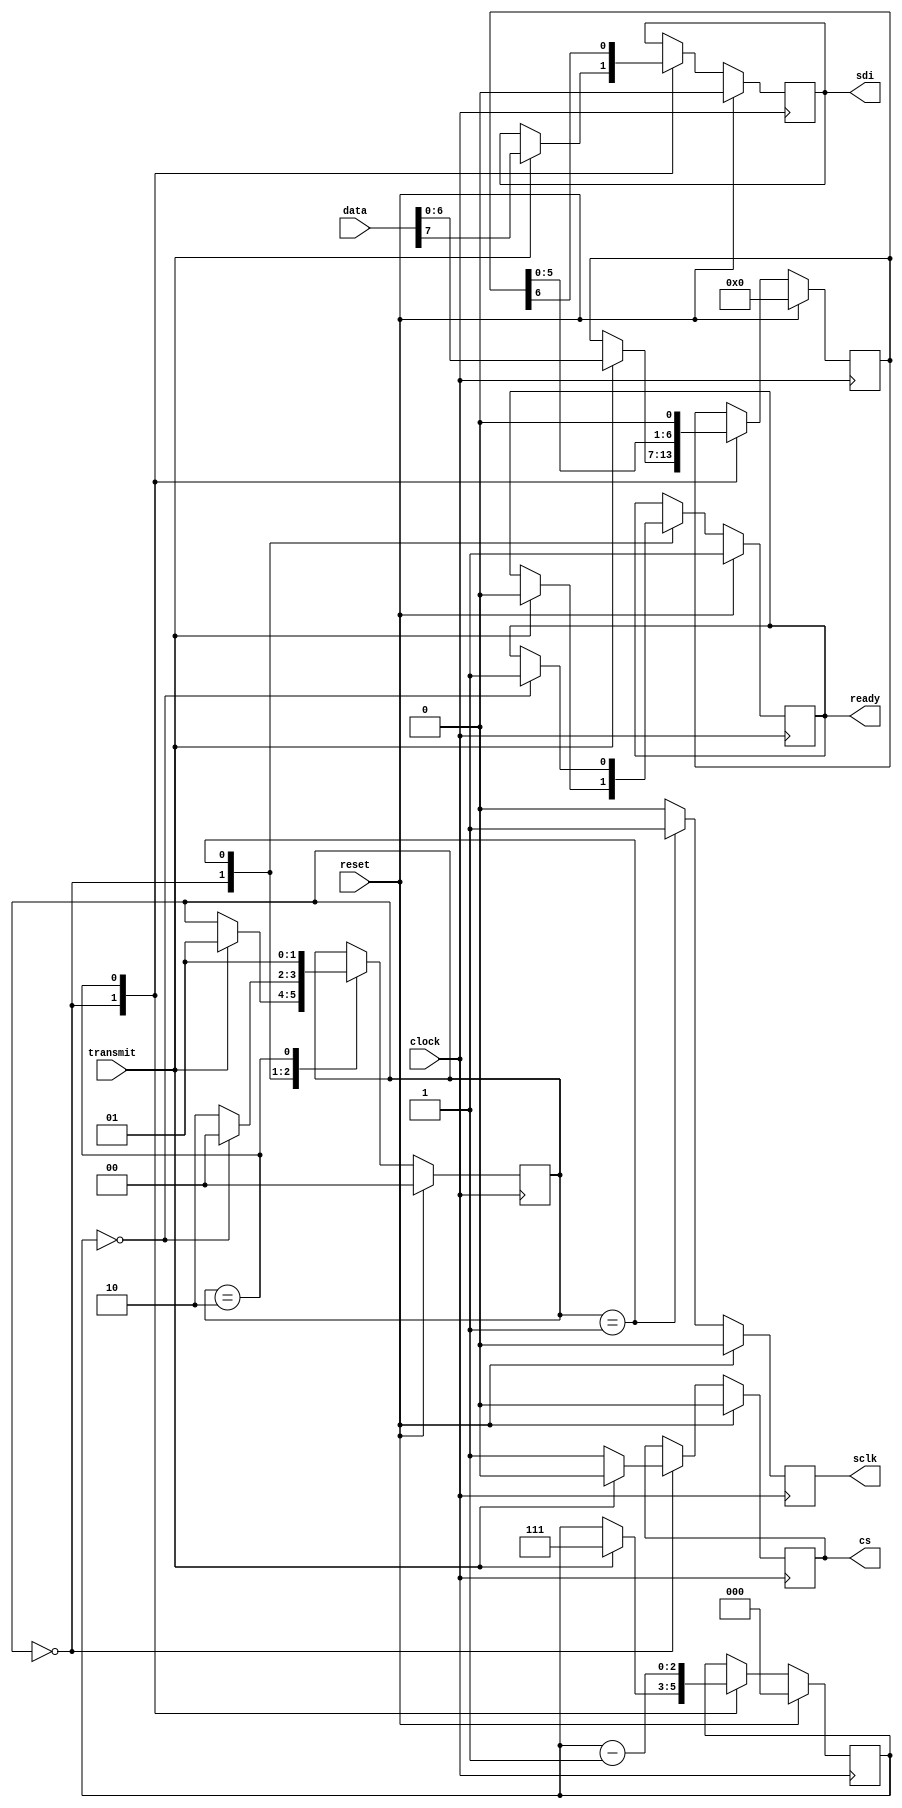
module spi_transmitter
(
    input            clock,
    input            reset,

    input      [7:0] data,

    input            transmit,
    output reg       ready,

    output reg       sclk,
    output reg       sdi,
    output reg       cs
);

    localparam IDLE                = 0,
               DRIVE_POSEDGE_CLOCK = 1,
               DRIVE_DATA          = 2;

    reg       d_ready;
    reg       d_sclk;
    reg       d_sdi;
    reg       d_cs;

    reg [2:0] counter;
    reg [6:0] shift_reg;
    reg [1:0] state;

    reg [2:0] d_counter;
    reg [6:0] d_shift_reg;
    reg [1:0] d_state;

    always @*
    begin
        d_ready     = ready;
        d_sclk      = 0;
        d_sdi       = sdi;
        d_cs        = cs;

        d_counter   = counter;
        d_shift_reg = shift_reg;
        d_state     = state;
        
        case (state)

        IDLE:
        begin
            if (transmit)
            begin
                d_ready     = 0;
                d_sclk      = 0;
                d_sdi       = data [7];
                d_cs        = 0;

                d_counter   = 7;
                d_shift_reg = data [6:0];
                
                d_state     = DRIVE_POSEDGE_CLOCK;
            end
            else
            begin
                d_cs        = 1;
            end
        end

        DRIVE_POSEDGE_CLOCK:
        begin
            d_sclk    = 1;
            // d_sdi stays the same

            if (d_counter == 0)
            begin
                d_ready = 1;
                d_state = IDLE;
            end
            else
            begin
                d_state = DRIVE_DATA;
            end
        end

        DRIVE_DATA:
        begin
            d_sclk      = 0;
            d_sdi       = d_shift_reg [6];

            d_counter   = d_counter - 3'd1;
            d_shift_reg = d_shift_reg << 1;

            d_state     = DRIVE_POSEDGE_CLOCK;
        end
		  
        endcase
    end

    always @(posedge clock)
    begin
        if (reset)
        begin
            ready     <= 1;
            sclk      <= 0;
            sdi       <= 0;
            cs        <= 0;

            counter   <= 0;
            shift_reg <= 0;
            state     <= IDLE;
        end
        else
        begin
            ready     <= d_ready;
            sclk      <= d_sclk;
            sdi       <= d_sdi;
            cs        <= d_cs;
                                      
            counter   <= d_counter;
            shift_reg <= d_shift_reg;
            state     <= d_state;
        end
    end

endmodule

//--------------------------------------------------------------------

module cmod_s6_pmod_dpot
(
    input        clock,

    input  [1:0] buttons,
    output [3:0] leds,

    output       dpot_vcc,
    output       dpot_gnd,
    output       dpot_sclk,
    output       dpot_sdi,
    output       dpot_cs
);

    wire reset    = buttons [0];
    wire increase = buttons [1];

    assign dpot_vcc = 1'b1;
    assign dpot_gnd = 1'b0;

    reg [7:0] d_resistance;
    reg       d_transmit;

    reg [7:0] resistance;
    reg       transmit;

    wire      ready;

    spi_transmitter spi_transmitter_inst
    (
        .clock     ( clock       ),
        .reset     ( reset       ),

        .data      ( resistance  ),

        .transmit  ( transmit    ),
        .ready     ( ready       ),

        .sclk      ( dpot_sclk   ),
        .sdi       ( dpot_sdi    ),
        .cs        ( dpot_cs     )
    );

    always @*
    begin
        d_resistance = resistance;
        d_transmit   = 0;

        if (ready & increase)
        begin
            d_resistance = d_resistance + 19;
            d_transmit   = 1;
        end
    end

    always @(posedge clock)
    begin
        if (reset)
        begin
            resistance <= 0;
            transmit   <= 0;
        end
        else
        begin
            resistance <= d_resistance;
            transmit   <= d_transmit;
        end
    end

    assign leds [0] = clock;
    assign leds [1] = dpot_sclk;
    assign leds [2] = dpot_sdi;
    assign leds [3] = ready;

endmodule